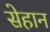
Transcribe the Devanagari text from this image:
सेहान